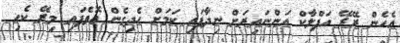
އެހެން ރޭރޭ އަފްލާކް އަންނައިރަށް ނިދާފައި ކަމަށް ހެދިގެން އޮވެފައި މިރޭ ކެހި